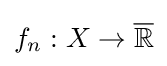
f_{n}:X\to {\overline {\mathbb {R} }}